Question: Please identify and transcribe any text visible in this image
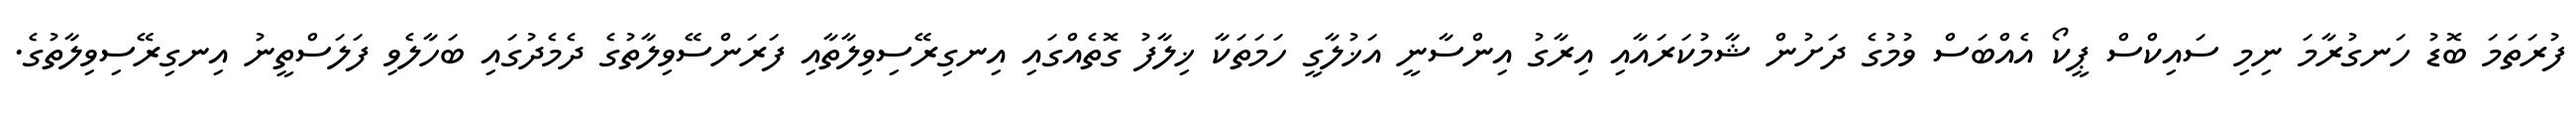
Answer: ފުރަތަމަ ބޮޑު ހަނގުރާމަ ނިމި ސައިކްސް ޕީކޯ އެއްބަސް ވުމުގެ ދަށުން ޝާމުކަރައާއި އިރާގު އިންސާނީ އަޚުލާގީ ހަމަތަކާ ޚިލާފު ގޮތެއްގައި އިނގިރޭސިވިލާތާއި ފަރަންސޭވިލާތުގެ ދެމެދުގައި ބަހާލެވި ފަލަސްތީނު އިނގިރޭސިވިލާތުގެ.